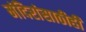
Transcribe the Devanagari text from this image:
मंदिरांसाठीही